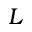
L